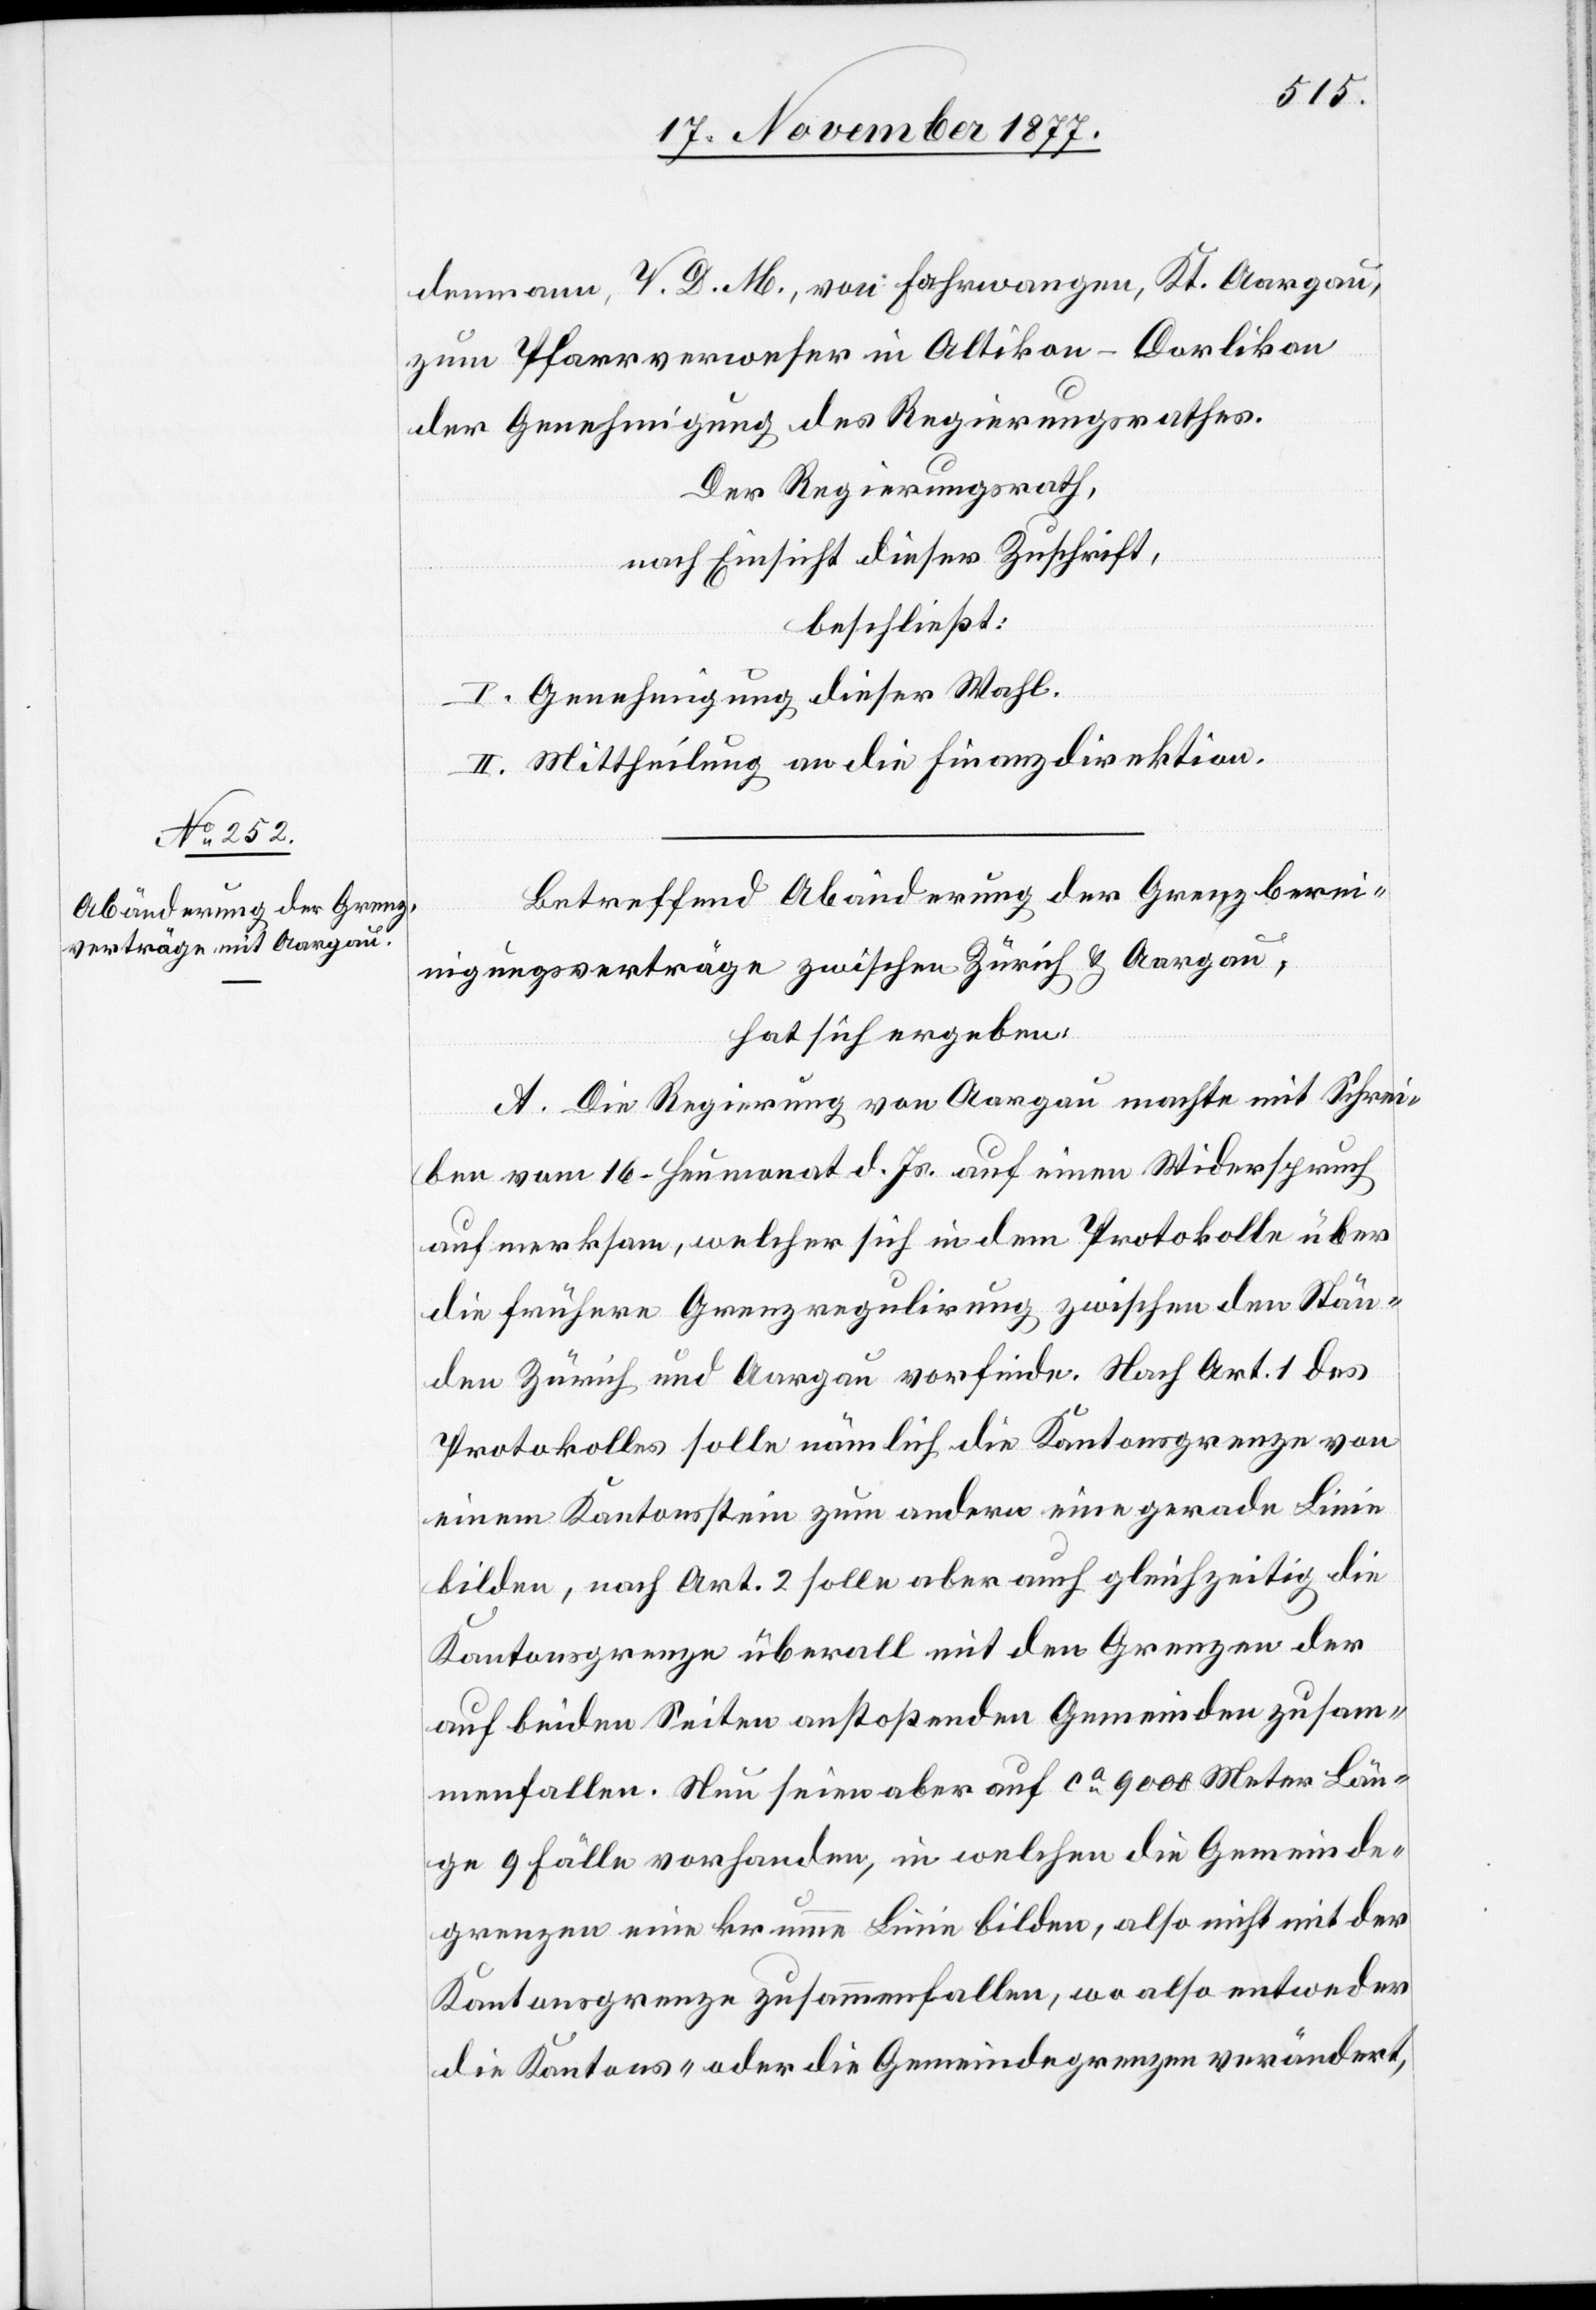
denmann, V. D. M., von Fahrwangen, Kt. Aargau,
zum Pfarrverweser in Altikon-Dorlikon
der Genehmigung des Regierungsrathes.
Der Regierungsrath,
nach Einsicht dieser Zuschrift,
beschließt:
I. Genehmigung dieser Wahl.
II. Mittheilung an die Finanzdirektion.
Betreffend Abänderung der Grenzberei¬
nigungsverträge zwischen Zürich & Aargau,
hat sich ergeben:
A. Die Regierung von Aargau machte mit Schrei¬
ben vom 16. Heumonat d. Js. auf einen Widerspruch
aufmerksam, welcher sich in dem Protokolle über
die frühere Grenzregulirung zwischen den Stän¬
den Zürich und Aargau vorfinde. Nach Art. 1 des
Protokolles solle nämlich die Kantonsgrenze von
einem Kantonsstein zum andern eine gerade Linie
bilden, nach Art. 2 solle aber auch gleichzeitig die
Kantonsgrenze überall mit den Grenzen der
auf beiden Seiten anstoßenden Gemeinden zusam¬
menfallen. Nun seien aber auf ca 9000 Meter Län¬
ge 9 Fälle vorhanden, in welchen die Gemeinde¬
grenzen eine krumme Linie bilden, also nicht mit der
Kantonsgrenze zusammenfallen, wo also entweder
die Kantons- oder die Gemeindegrenze verändert,